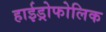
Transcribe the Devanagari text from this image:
हाईड्रोफोलिक